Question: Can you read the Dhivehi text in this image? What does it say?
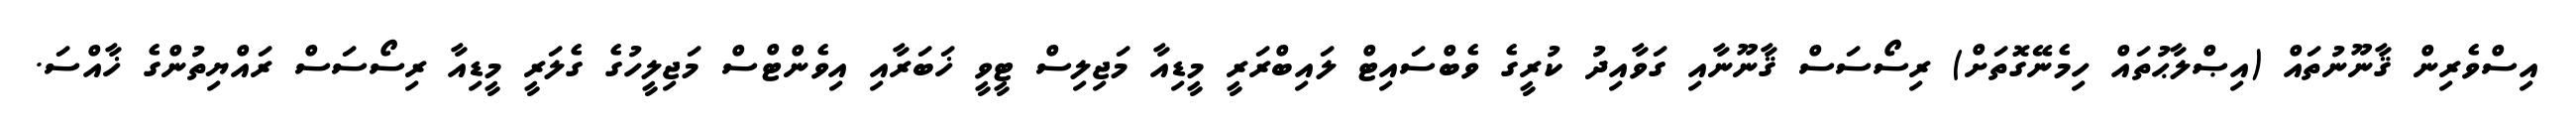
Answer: އިސްވެރިން ޤާނޫނުތައް (އިޞްލާޙުތައް ހިމެނޭގޮތަށް) ރިސޯސަސް ޤާނޫނާއި ގަވާއިދު ކުރީގެ ވެބްސައިޓް ލައިބްރަރީ މީޑިއާ މަޖިލިސް ޓީވީ ޚަބަރާއި އިވެންޓްސް މަޖިލީހުގެ ގެލަރީ މީޑިއާ ރިސޯސަސް ރައްޔިތުންގެ ޚާއްސަ.